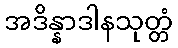
အဒိန္နာဒါနသုတ္တံ